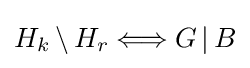
H_{k}\,\backslash \,H_{r}\Longleftrightarrow G\,|\,B